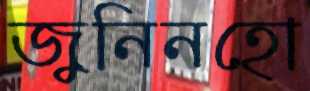
জুনিনহো